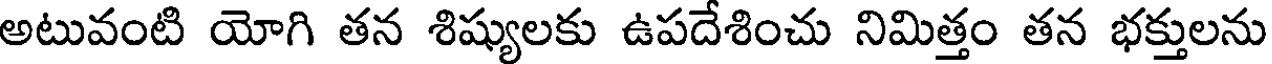
అటువంటి యోగి తన శిష్యులకు ఉపదేశించు నిమిత్తం తన భక్తులను